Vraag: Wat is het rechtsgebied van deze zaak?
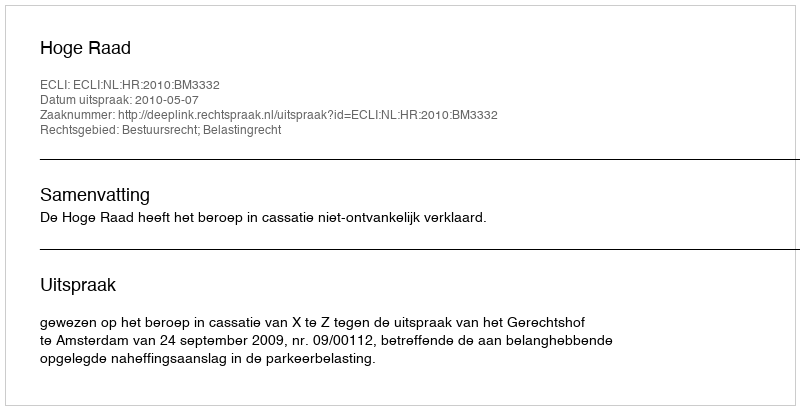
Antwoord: Bestuursrecht; Belastingrecht